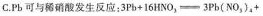
C. Pb可与稀硝酸发生反应：$$3 P b + 16 H N O_{3} = 3 P b ( N O _{3} )_{4} +